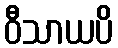
ဝီသာယပိ